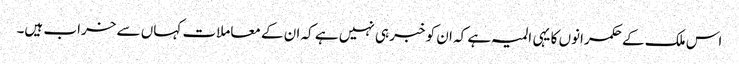
اس ملک کے حکمرانوں کا یہی المیہ ہے کہ ان کو خبر ہی نہیں ہے کہ ان کے معاملات کہاں سے خراب ہیں۔